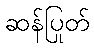
ဆန်ပြုတ်